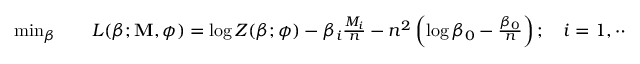
\begin{array} { r l } { \operatorname* { m i n } _ { \boldsymbol { \beta } } } & { { } \quad L ( \boldsymbol { \beta } ; \mathbf { M } , \boldsymbol { \phi } ) = \log Z ( \boldsymbol { \beta } ; \boldsymbol { \phi } ) - \beta _ { i } \frac { M _ { i } } { n } - n ^ { 2 } \left( \log \beta _ { 0 } - \frac { \beta _ { 0 } } { n } \right) ; \quad i = 1 , \cdots , M , } \end{array}